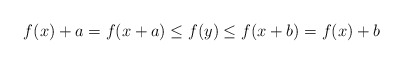
\begin{align*}f(x)+a=f(x+a)\leq f(y)\leq f(x+b)=f(x)+b\end{align*}